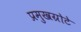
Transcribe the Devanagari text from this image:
प्रमुखग्रोटे